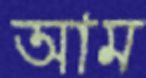
আম